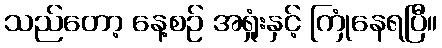
သည်တော့ နေ့စဉ် အရှုံးနှင့် ကြုံနေရပြီ။